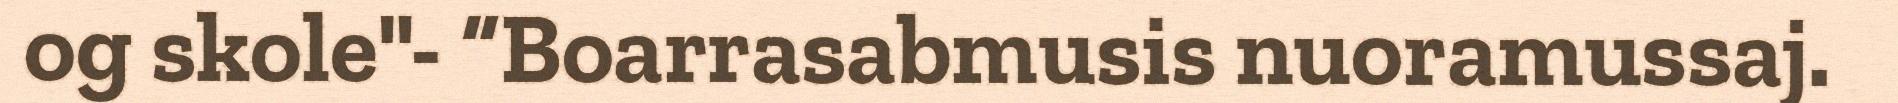
og skole"- “Boarrasabmusis nuoramussaj.